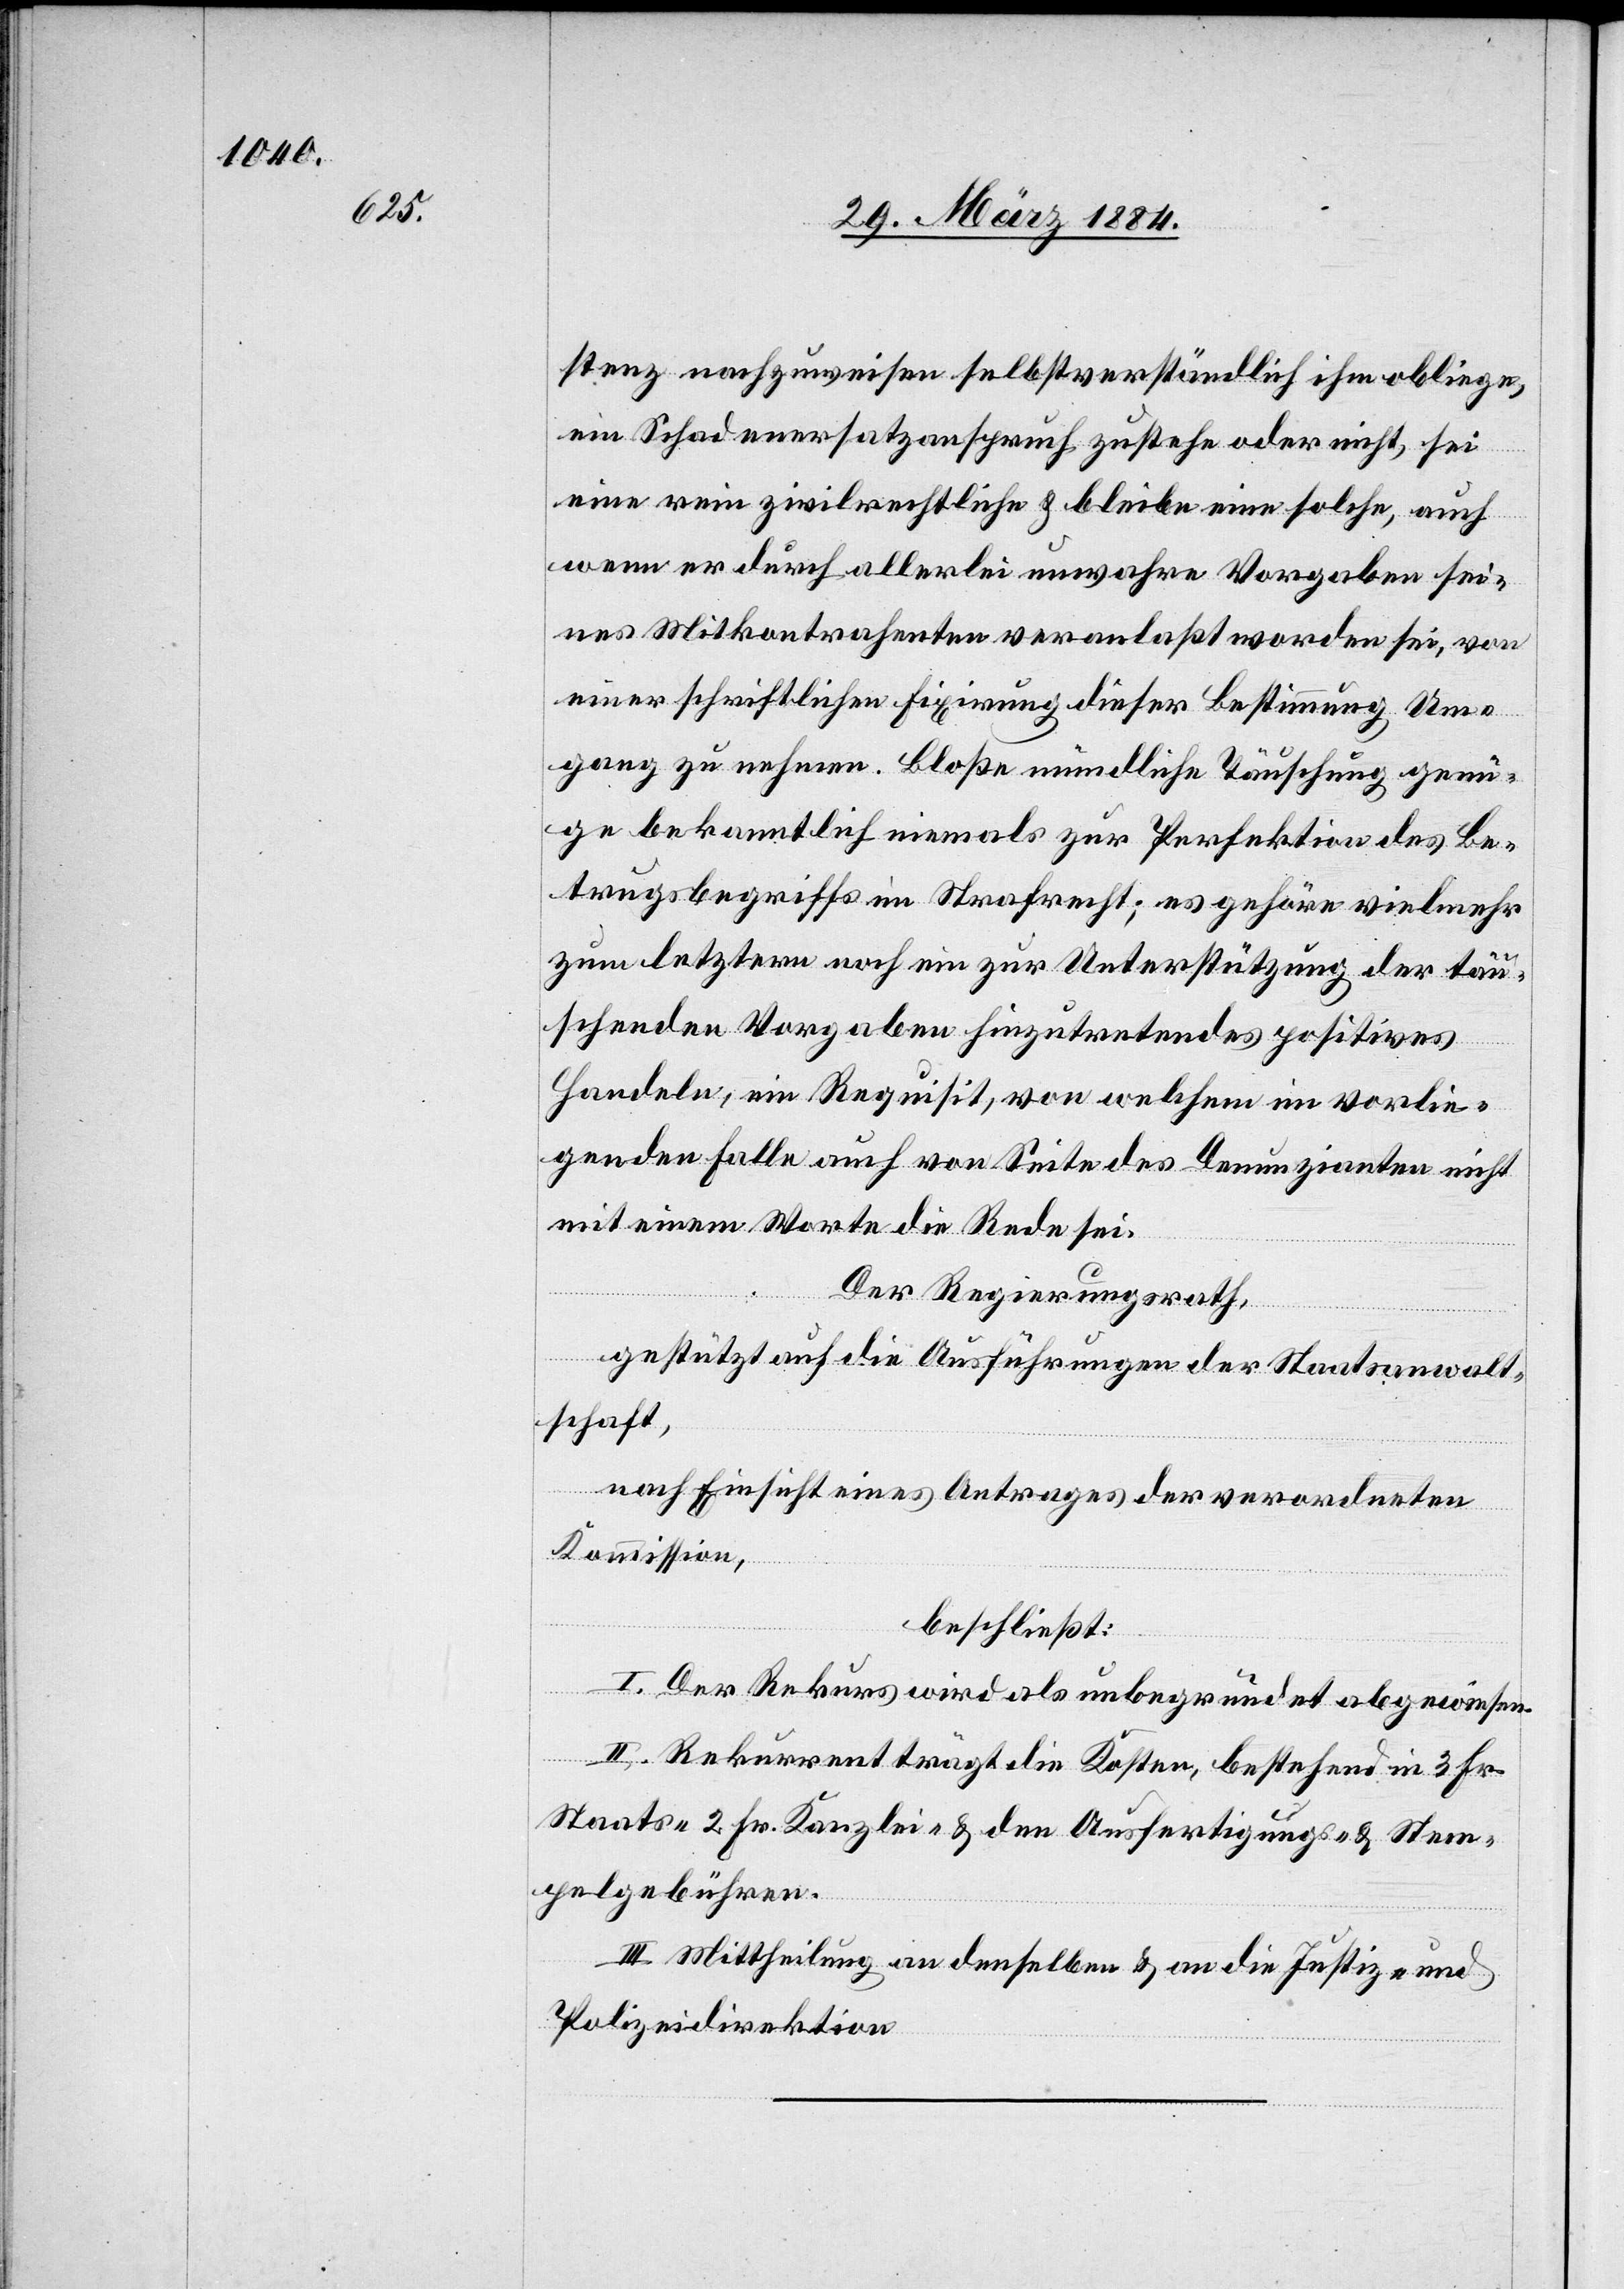
stenz nachzuweisen selbstverständlich ihm obliege,
ein Schadenersatzanspruch zustehe oder nicht, sei
eine rein zivilrechtliche & bleibe eine solche, auch
wenn er durch allerlei & unwahre Vorgaben sei¬
nes Mitkontrahenten veranlaßt worden sei, von
einer schriftlichen Fixirung dieser Bestimmung Um¬
gang zu nehmen. Bloße mündliche Täuschung genü¬
ge bekanntlich niemals zur Perfektion des Be¬
trugsbegriffs im Strafrecht; es gehöre vielmehr
zum letztern noch ein zur Unterstützung der täu¬
schenden Vorgaben hinzutretendes positives
Handeln, ein Requisit, von welchem im vorlie¬
genden Falle auch von Seite des Denunzianten nicht
mit einem Worte die Rede sei.
Der Regierungsrath,
gestützt auf die Ausführung der Staatsanwalt¬
schaft,
nach Einsicht eines Antrages der verordneten
Kommission,
beschließt:
I. Der Rekurs wird als unbegründet abgewiesen.
II. Rekurrent trägt die Kosten, bestehend in 3 Fr.
Staats-, 2 Fr. Kanzlei- & den Ausfertigungs- & Stem¬
pelgebühren.
III. Mittheilung an denselben & an die Justiz- und
Polizeidirektion.